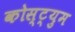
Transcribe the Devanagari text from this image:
कोस्ट्युम